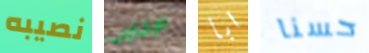
نصيبه الإقتراب ابا حسنا